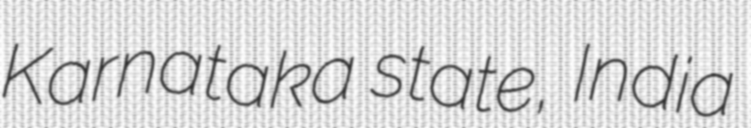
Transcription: Karnataka state, India